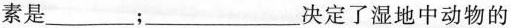
素是___；___决定了湿地中动物的